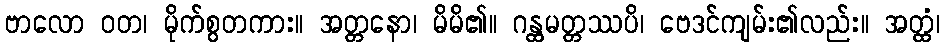
ဗာလော ဝတ၊ မိုက်စွတကား။ အတ္တနော၊ မိမိ၏။ ဂန္ထမတ္တဿပိ၊ ဗေဒင်ကျမ်း၏လည်း။ အတ္ထံ၊